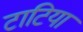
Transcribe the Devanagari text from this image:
टाटिया